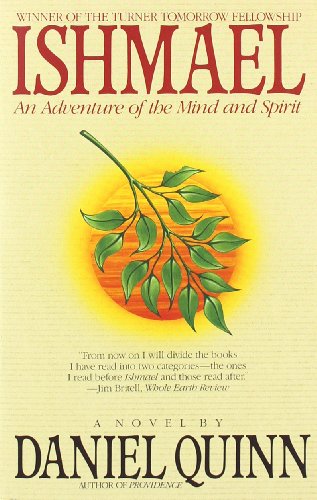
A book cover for Ishmael: An Adventure of the Mind and Spirit; Daniel Quinn; Mystery, Thriller & Suspense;